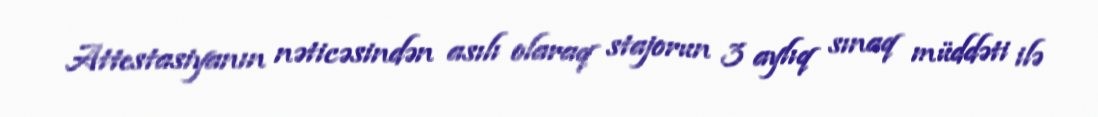
Attestasiyanın nəticəsindən asılı olaraq stajorun 3 aylıq sınaq müddəti ilə